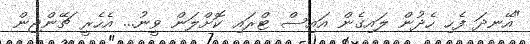
"އޭނދަ ފެހި ހެދުން ލައިގެން އައިސް ޓްރައި ކޮށްލަން ވީނު... އެހެރީ ޗޭންޖިން